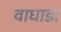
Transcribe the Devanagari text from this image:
वाघाडा